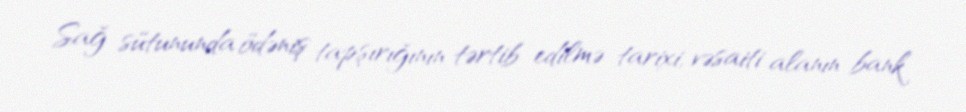
Sağ sütununda ödəniş tapşırığının tərtib edilmə tarixi, vəsaiti alanın bank